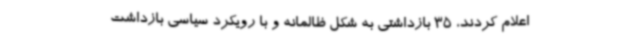
اعلام کردند، 35 بازداشتی به شکل ظالمانه و با رویکرد سیاسی بازداشت